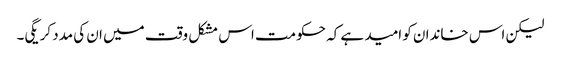
لیکن اس خاندان کو امید ہے کہ حکومت اس مشکل وقت میں ان کی مدد کریگی۔